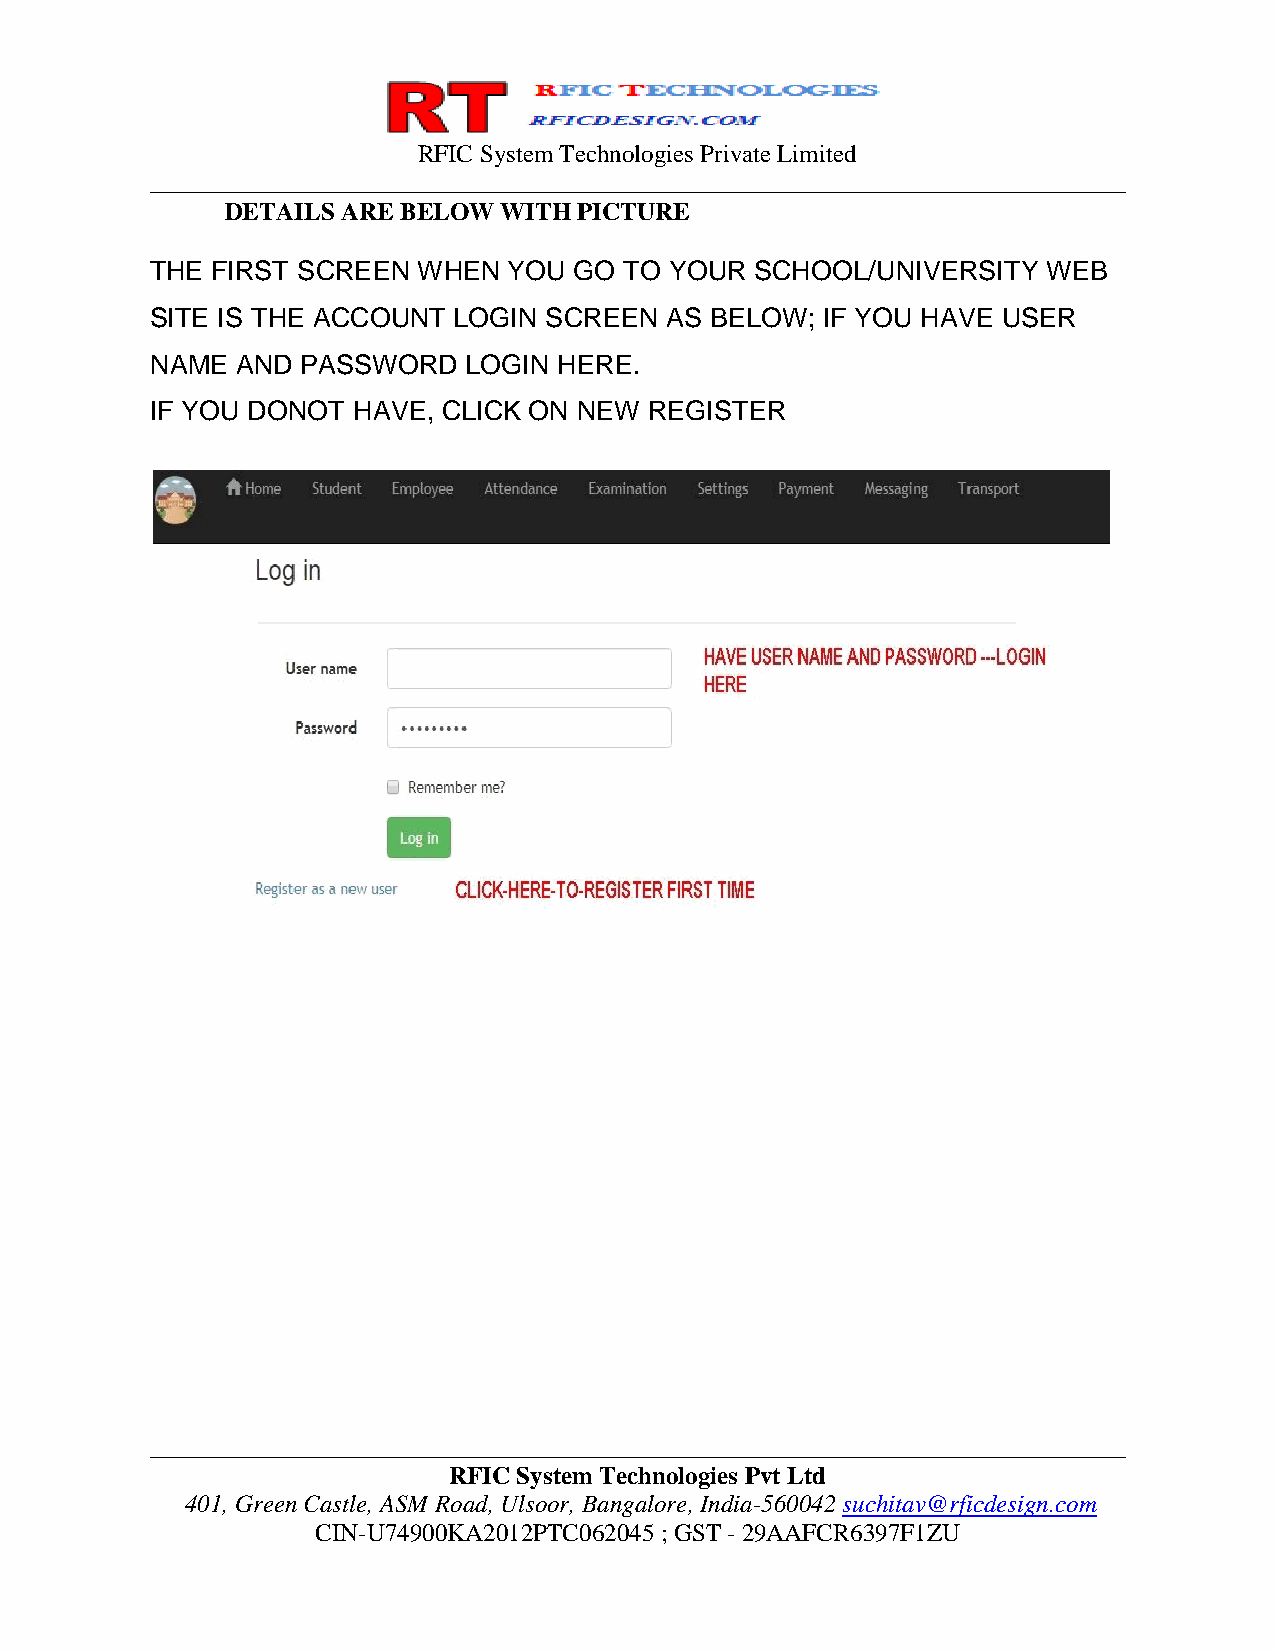
RFIC System Technologies Private Limited
 ______________________________________________________________________________
 DETAILS ARE BELOW WITH PICTURE
 THE FIRST SCREEN  WHEN  YOU GO TO YOUR  SCHOOL/UNIVERSITY  WEB
 SITE IS THE ACCOUNT LOGIN SCREEN  AS BELOW; IF YOU HAVE USER
 NAME  AND PASSWORD   LOGIN HERE.
 IF YOU DONOT HAVE, CLICK ON NEW  REGISTER
 ______________________________________________________________________________
 RFIC System Technologies Pvt Ltd
 401, Green Castle, ASM Road, Ulsoor, Bangalore, India-560042 suchitav@rficdesign.com
 CIN-U74900KA2012PTC062045 ; GST - 29AAFCR6397F1ZU